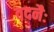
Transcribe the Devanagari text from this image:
वदनैः